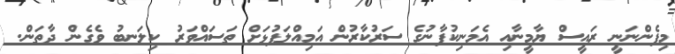
މިފެންނަނީ ރައީސް ޔާމީނާއި އެމަނިކުފާނުގެ ސަރުކާރުން އަމިއްލަފުޅަށް ތަސައްވަރު ކިލަނބު ވެގެން ދާތަން.